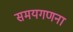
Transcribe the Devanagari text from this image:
समयगणना